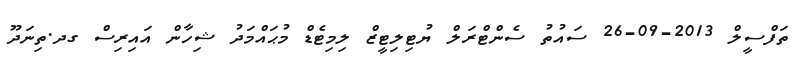
ތަފްސީލް 2013-09-26 ސައުތު ސެންޓްރަލް ޔުޓިލިޓީޒް ލިމިޓެޑް މުޙައްމަދު ޝިހާން އައިރިސް ގދ.ތިނަދޫ